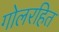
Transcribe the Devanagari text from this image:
गोलरहित